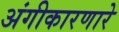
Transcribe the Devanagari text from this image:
अंगीकारणारे